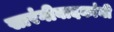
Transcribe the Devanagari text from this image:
सारंगीवादकांनी